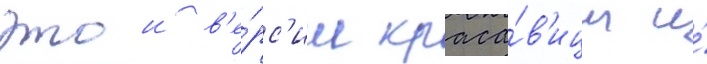
этои в'е́рс'ии краса́в'ицы и́